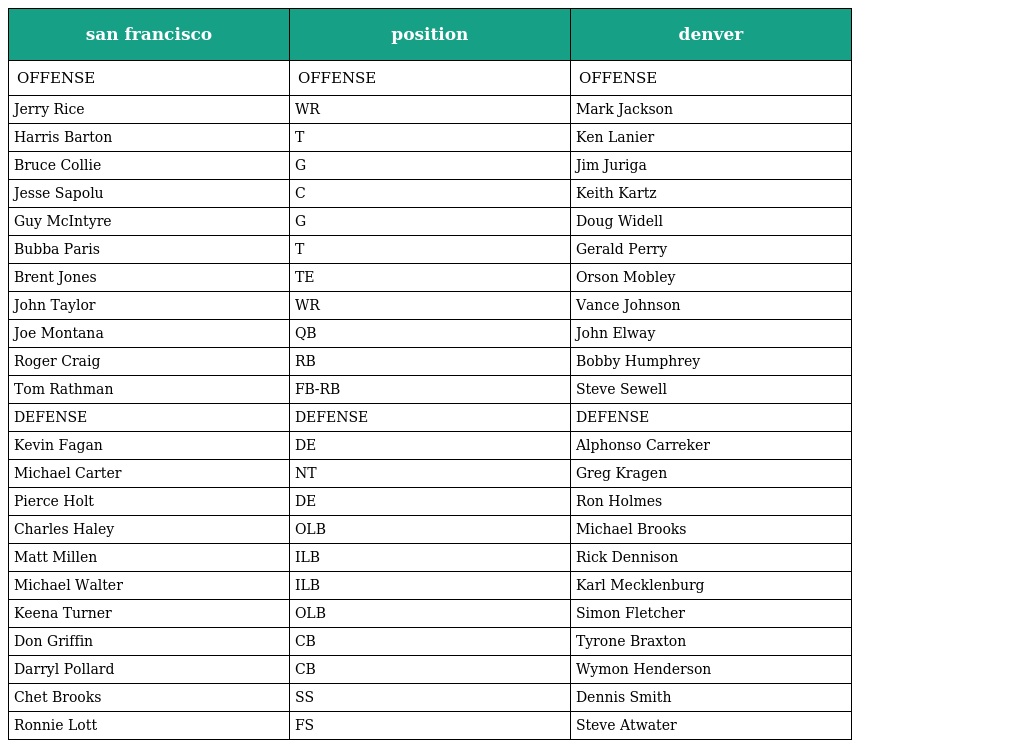
| san francisco | position | denver |
 | --- | --- | --- |
 | OFFENSE | OFFENSE | OFFENSE |
 | Jerry Rice | WR | Mark Jackson |
 | Harris Barton | T | Ken Lanier |
 | Bruce Collie | G | Jim Juriga |
 | Jesse Sapolu | C | Keith Kartz |
 | Guy McIntyre | G | Doug Widell |
 | Bubba Paris | T | Gerald Perry |
 | Brent Jones | TE | Orson Mobley |
 | John Taylor | WR | Vance Johnson |
 | Joe Montana | QB | John Elway |
 | Roger Craig | RB | Bobby Humphrey |
 | Tom Rathman | FB-RB | Steve Sewell |
 | DEFENSE | DEFENSE | DEFENSE |
 | Kevin Fagan | DE | Alphonso Carreker |
 | Michael Carter | NT | Greg Kragen |
 | Pierce Holt | DE | Ron Holmes |
 | Charles Haley | OLB | Michael Brooks |
 | Matt Millen | ILB | Rick Dennison |
 | Michael Walter | ILB | Karl Mecklenburg |
 | Keena Turner | OLB | Simon Fletcher |
 | Don Griffin | CB | Tyrone Braxton |
 | Darryl Pollard | CB | Wymon Henderson |
 | Chet Brooks | SS | Dennis Smith |
 | Ronnie Lott | FS | Steve Atwater |